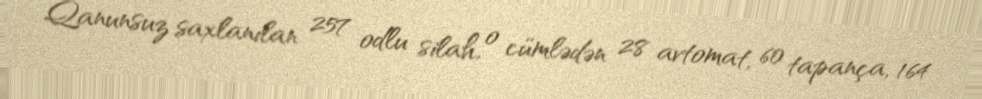
Qanunsuz saxlanılan 257 odlu silah, o cümlədən 28 avtomat, 60 tapança, 164